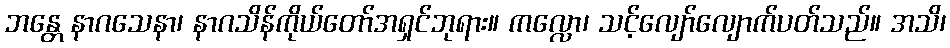
ဘန္တေ နာဂသေနာ၊ နာဂသိန်ကိုယ်တော်အရှင်ဘုရား။ ကလ္လော၊ သင့်လျော်လျောက်ပတ်သည်။ အသိ၊